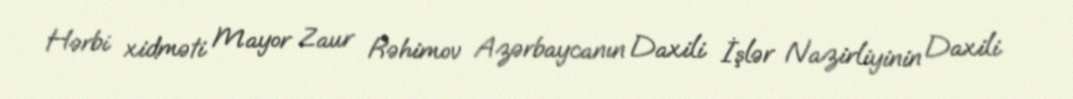
Hərbi xidməti Mayor Zaur Rəhimov Azərbaycanın Daxili İşlər Nazirliyinin Daxili